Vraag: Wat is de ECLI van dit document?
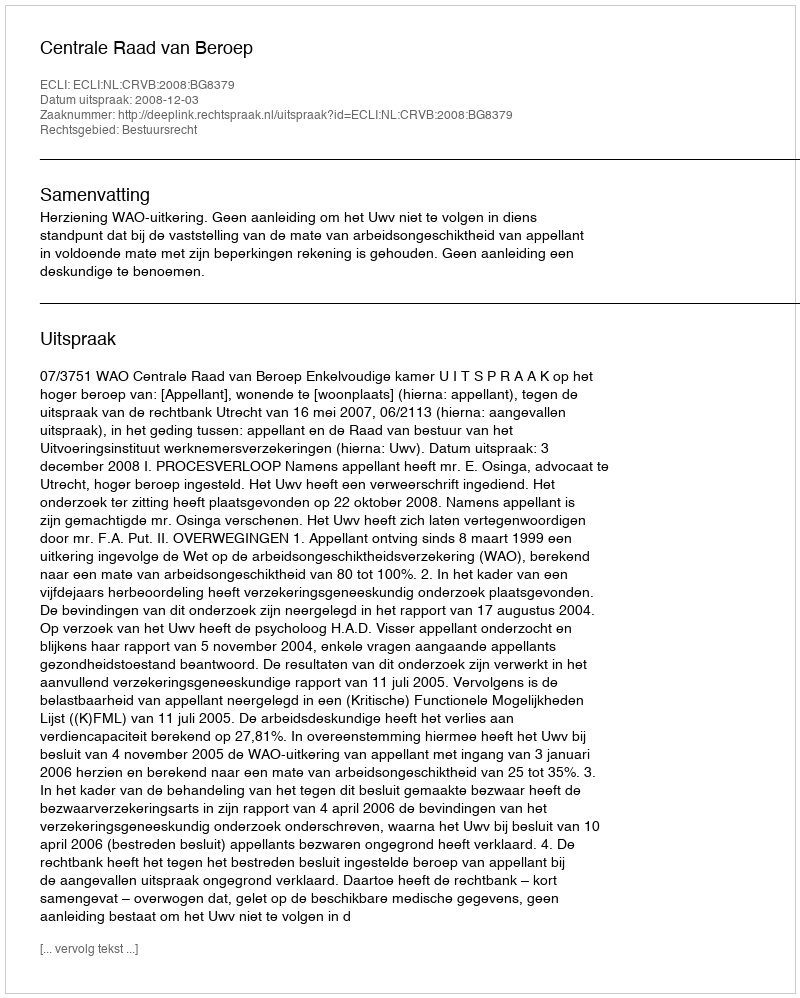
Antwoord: ECLI:NL:CRVB:2008:BG8379